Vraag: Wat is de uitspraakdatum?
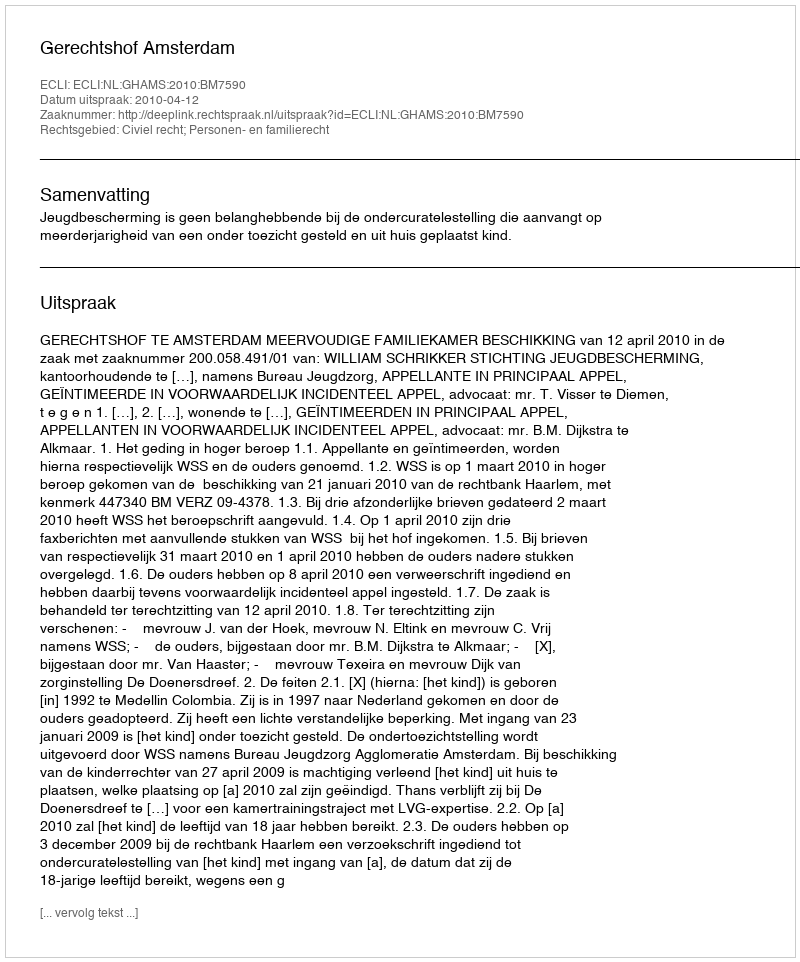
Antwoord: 2010-04-12